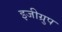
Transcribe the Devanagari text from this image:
इजीग्रुप